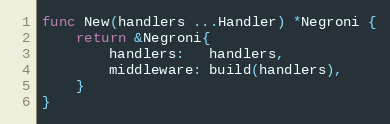
Language: Go
func New(handlers ...Handler) *Negroni {
	return &Negroni{
		handlers:   handlers,
		middleware: build(handlers),
	}
}